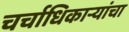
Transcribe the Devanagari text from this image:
चर्चाधिकार्‍यांचा